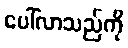
ပေါ်လာသည်ကို